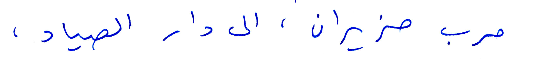
حرب حزيران، الى دار الصياد،